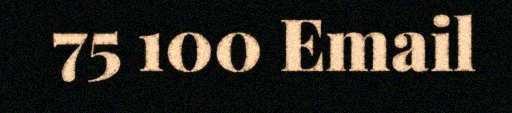
75 100 Email